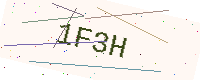
Text: 1F3H